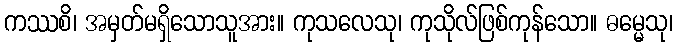
ကဿစိ၊ အမှတ်မရှိသောသူအား။ ကုသလေသု၊ ကုသိုလ်ဖြစ်ကုန်သော။ ဓမ္မေသု၊